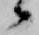
候